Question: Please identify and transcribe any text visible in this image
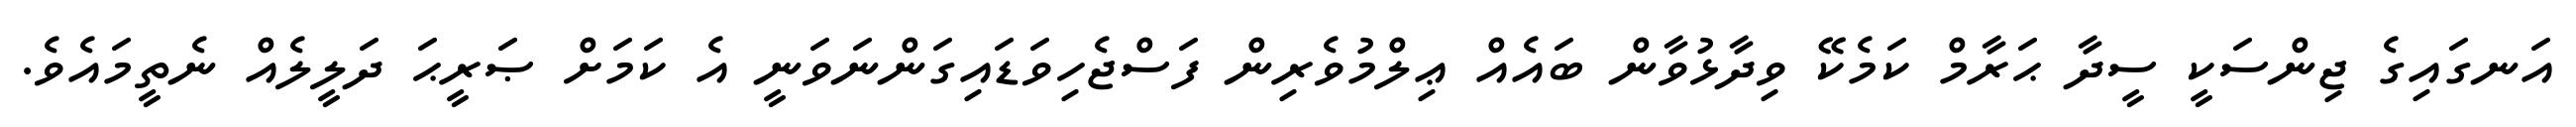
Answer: އަނގައިގެ ޖިންސަކީ ސީދާ ޙަރާމް ކަމެކޭ ވިދާޅުވާން ބައެއް ޢިލްމުވެރިން ފަސްޖެހިވަޑައިގަންނަވަނީ އެ ކަމަށް ޞަރީޙަ ދަލީލެއް ނެތީމައެވެ.